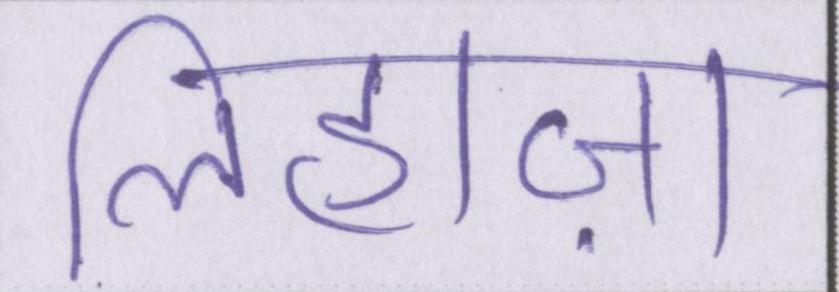
लिहाज़ा